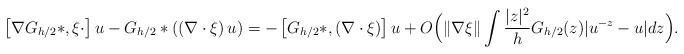
LaTeX: \begin{align*} \left[\nabla G_{h/2}\ast,\xi\cdot\right] u - G_{h/2}\ast \left(\left(\nabla \cdot \xi\right) u\right) = - \left[ G_{h/2}\ast, (\nabla \cdot \xi ) \right] u + O\Big(\|\nabla \xi\|\int \frac{|z|^2}{h} G_{h/2}(z) |u^{-z}-u| dz\Big). \end{align*}